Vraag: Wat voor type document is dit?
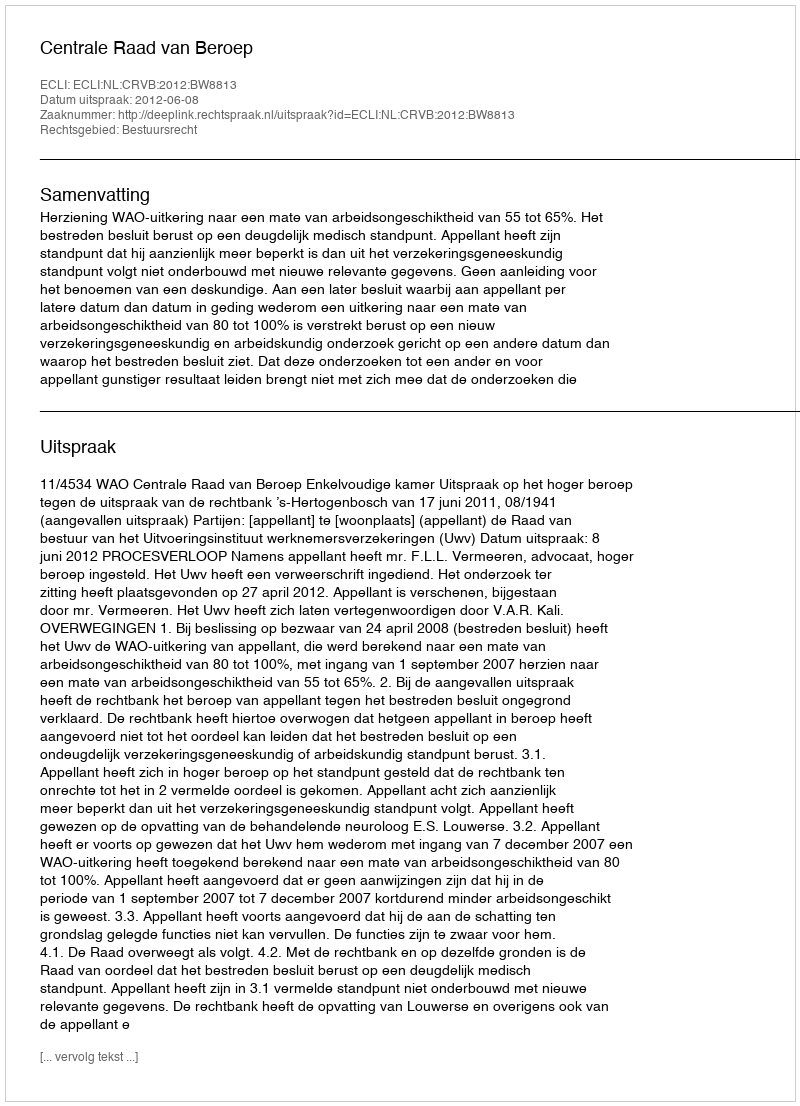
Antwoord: Uitspraak